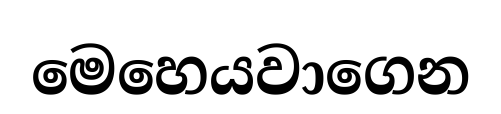
මෙහෙයවාගෙන